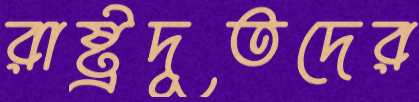
রাষ্ট্রদূতদের